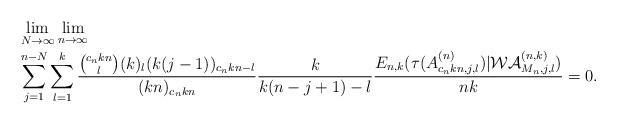
LaTeX: \begin{align*}\begin{aligned}&\lim_{N\to\infty}\lim_{n\to\infty}\\&\sum_{j=1}^{n-N}\sum_{l=1}^k\frac{\binom {c_nkn}l(k)_l(k(j-1))_{c_nkn-l}}{(kn)_{c_nkn}}\frac k{k(n-j+1)-l}\frac{E_{n,k}(\tau(A^{(n)}_{c_nkn,j,l})|\mathcal{WA}^{(n,k)}_{M_n,j,l})}{nk}=0.\end{aligned}\end{align*}